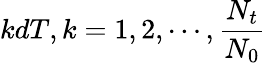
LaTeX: kdT,k=1,2,\cdots,\frac{N_{t}}{N_{0}}